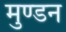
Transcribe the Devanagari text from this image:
मुण्डन